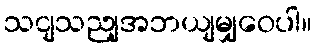
သငျသညျအဘယျမျှဝေပါ။